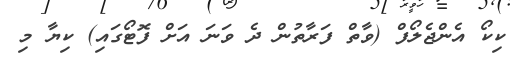
ކިކޯ އެންޖެލޯފް (ވާތް ފަރާތުން ދެ ވަނަ އަށް ފޮޓޯގައި) ކިޔާ މި